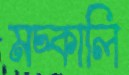
মচ্‌কালি